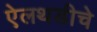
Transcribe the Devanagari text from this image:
ऐलथडीचे